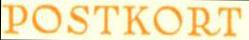
POSTKORT